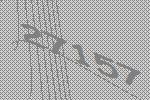
27157